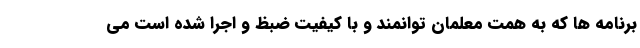
برنامه ها که به همت معلمان توانمند و با کیفیت ضبظ و اجرا شده است می